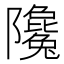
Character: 䧯